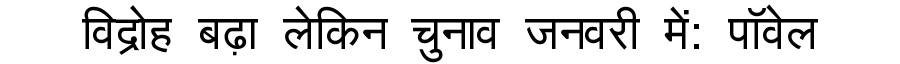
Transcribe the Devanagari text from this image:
विद्रोह बढ़ा लेकिन चुनाव जनवरी में: पॉवेल